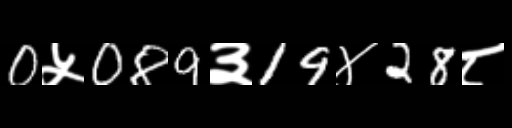
Text: 0५089३19४28८